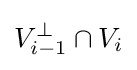
V_{i-1}^{\perp }\cap V_{i}